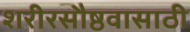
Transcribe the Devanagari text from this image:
शरीरसौष्ठवासाठी